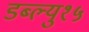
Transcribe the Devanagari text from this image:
डब्ल्यु१५